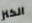
الكنز